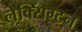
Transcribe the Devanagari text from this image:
लेक्सिंग्‍टन